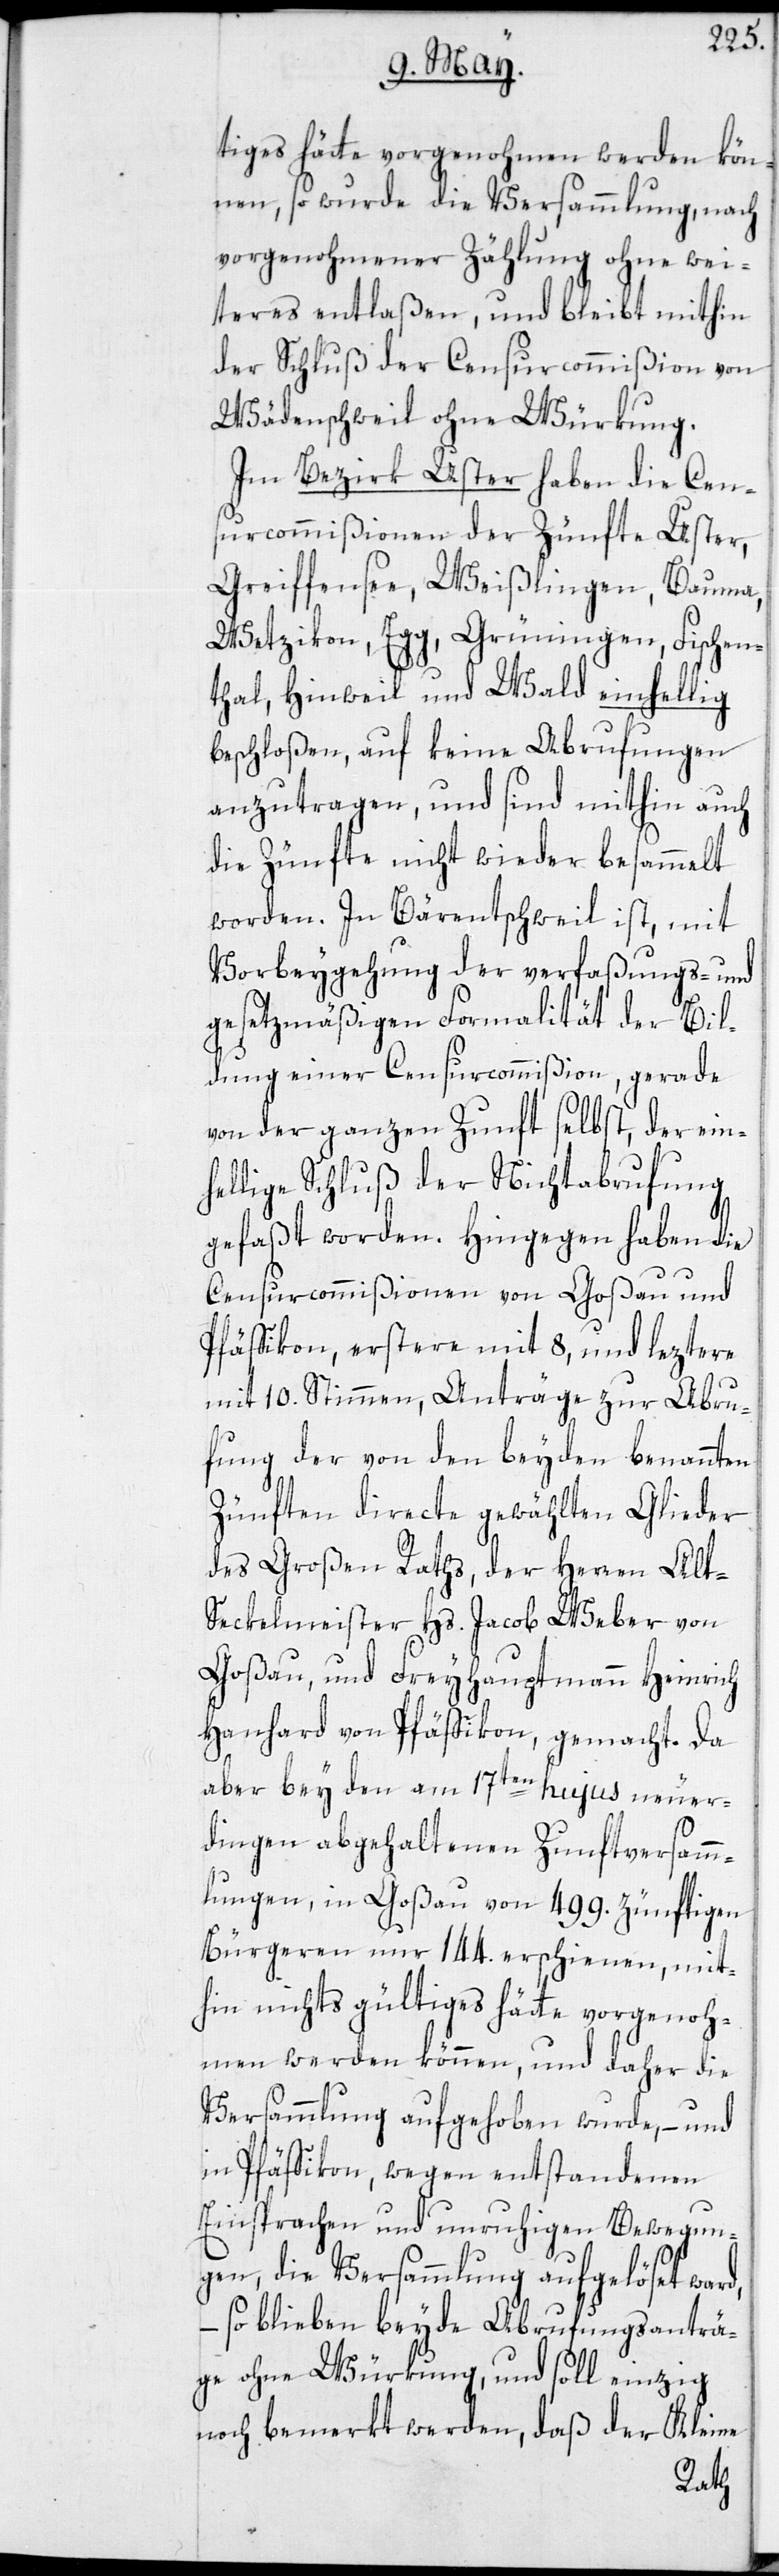
tiges hätte vorgenohmen werden kön¬
nen, so wurde die Versammlung, nach
vorgenohmener Zählung ohne wei¬
teres entlaßen, und bleibt mithin
der Schluß der Censurcommißion von
Wädenschweil ohne Würkung.
Im Bezirk Uster haben die Cen¬
surcommißionen der Zünfte Uster,
Greiffensee, Weißlingen, Bauma,
Wetzikon, Egg, Grüningen, Fischen¬
thal, Hinweil und Wald einhellig
beschloßen, auf keine Abrufungen
anzutragen, und sind mithin auch
die Zünfte nicht wieder besammelt
worden. In Bärentschweil ist, mit
Vorbeygehung der verfaßungs- und
gesetzmäßigen Formalität der Bil¬
dung einer Censurcommißion, gerade
von der ganzen Zunft selbst, der ein¬
hellige Schluß der Nichtabrufung
gefaßt worden. Hingegen haben die
Censurcommißionen von Goßau und
Pfäffikon, erstere mit 8, und leztere
mit 10. Stimmen, Anträge zur Abru¬
fung der von den beyden benannten
Zünften directe gewählten Glieder
des Großen Raths, der Herren Alt-S¬
eckelmeister Hs. Jacob Weber von
Goßau, und Freyhauptmann Heinrich
Hanhard von Pfäffikon, gemacht. Da
aber bey den am 17ten hujus neuer¬
dingen abgehaltenen Zunftversamm¬
lungen, in Goßau von 499. zünftigen
Bürgeren nur 144. erschienen, mit¬
hin nichts gültiges hätte vorgenoh¬
men werden können, und daher die
Versammlung aufgehoben wurde, – und
in Pfäffikon, wegen entstandenen
Einsprachen und unruhigen Bewegun¬
gen, die Versammlung aufgelöset ward,
– so blieben beyde Abrufungsanträ¬
ge ohne Würkung, und soll einzig
noch bemerkt werden, daß der Kleine